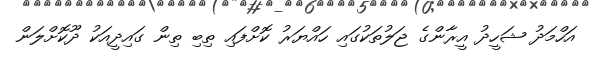
އަހްމަދު ޝަހީދު އީރާންގެ ޖަލުތަކުގައި ހައްޔަރު ކޮށްފައި ތިބި ތިން ގައިދީއަކު ދޫކޮށްލަން